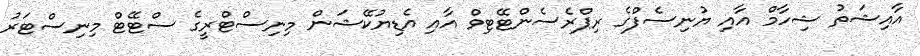
އާއިޝަތު ޝިހާމް އާއި ޔުނިސެފްގެ ރިޕްރެސެންޓޭޓިވް އާއި އެޑިޔުކޭޝަން މިނިސްޓްރީގެ ސްޓޭޓް މިނިސްޓަރު